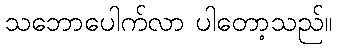
သဘောပေါက်လာ ပါတော့သည်။